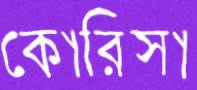
কোরিসা